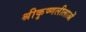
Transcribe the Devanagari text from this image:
श्रीकृष्णलीलाओं